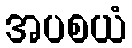
အပစယံ